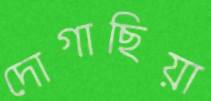
দোগাছিয়া